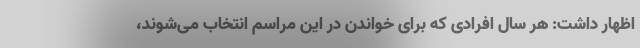
اظهار داشت: هر سال افرادی که برای خواندن در این مراسم انتخاب می‌شوند،